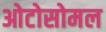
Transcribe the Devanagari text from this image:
ओटोसोमल